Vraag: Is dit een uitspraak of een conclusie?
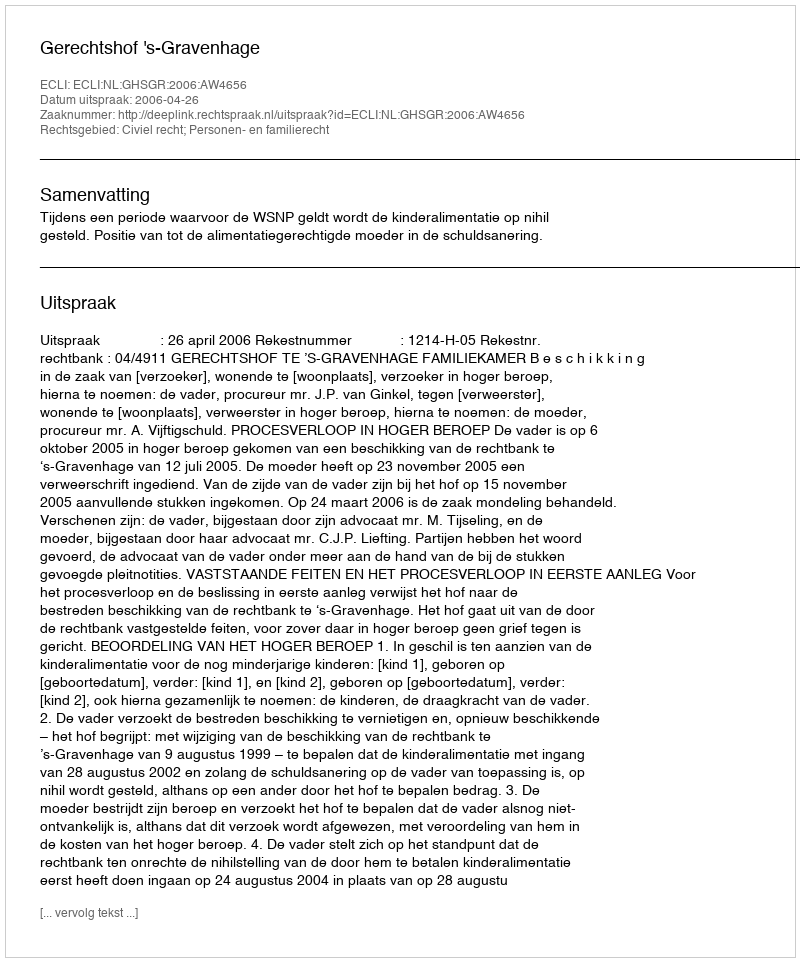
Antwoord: Uitspraak